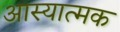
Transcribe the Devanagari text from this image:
आस्यात्मक